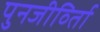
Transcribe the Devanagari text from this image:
पुनजीर्व्ताि